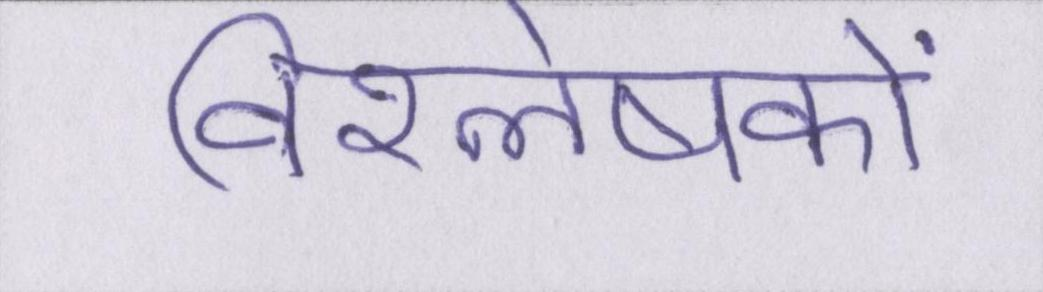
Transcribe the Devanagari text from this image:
विश्लेषकों